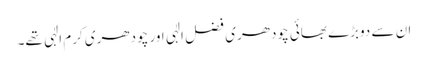
ان سے دوبڑے بھائی چودھری فضل الٰہی اور چودھری کرم الٰہی تھے۔